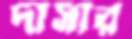
দাসীর